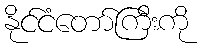
နိုင်ငံတော်ကြီးကို